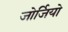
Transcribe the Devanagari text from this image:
जोर्जियो